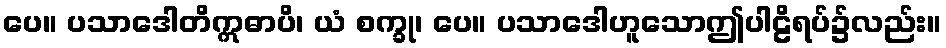
ပေ။ ပသာဒေါတိဣဓာပိ၊ ယံ စက္ခု၊ ပေ။ ပသာဒေါဟူသောဤပါဠိရပ်၌လည်း။